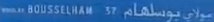
www.leBOUSSELHAM.com